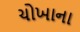
ચોખાના